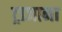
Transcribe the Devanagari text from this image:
ट्राजाना